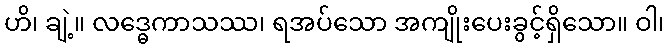
ဟိ၊ ချဲ့။ လဒ္ဓေကာသဿ၊ ရအပ်သော အကျိုးပေးခွင့်ရှိသော။ ဝါ၊